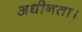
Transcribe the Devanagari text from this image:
अधीनता।